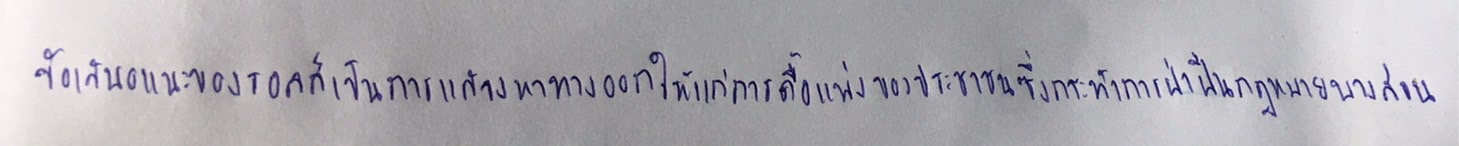
ข้อเสนอแนะของรอลส์เป็นการแสวงหาทางออกให้แก่การดื้อแพ่งของประชาชนซึ่งกระทำการฝ่าฝืนกฎหมายบางส่วน